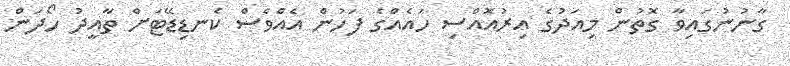
ގާނުނުގައިވާ ގޮތުން މިއަދުގެ އިރުއޮއްސި ހައެއްގެ ފަހުން އެއްވެސް ކެނޑިޑޭޓަށް ތާއީދު ހޯދަން